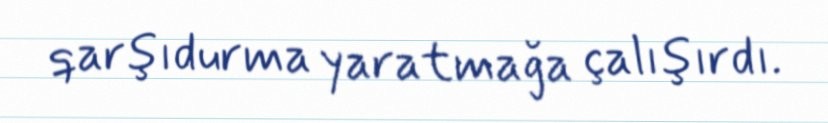
qarşıdurma yaratmağa çalışırdı.